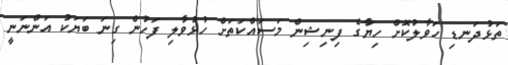
ތަޅުދަނޑި ހަވާލުކޮށް ހިޔާގެ ފިނިޝިން މަސައްކަތަށް ހުޅުވާލި ފަހުން ގިނަ ބަޔަކު އަންނަނީ